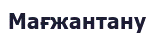
Мағжантану